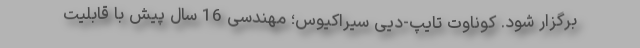
برگزار شود. کوناوت تایپ-دیی سیراکیوس؛ مهندسی 16 سال پیش با قابلیت